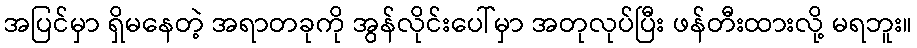
အပြင်မှာ ရှိမနေတဲ့ အရာတခုကို အွန်လိုင်းပေါ်မှာ အတုလုပ်ပြီး ဖန်တီးထားလို့ မရဘူး။